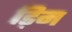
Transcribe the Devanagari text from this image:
ड़िम